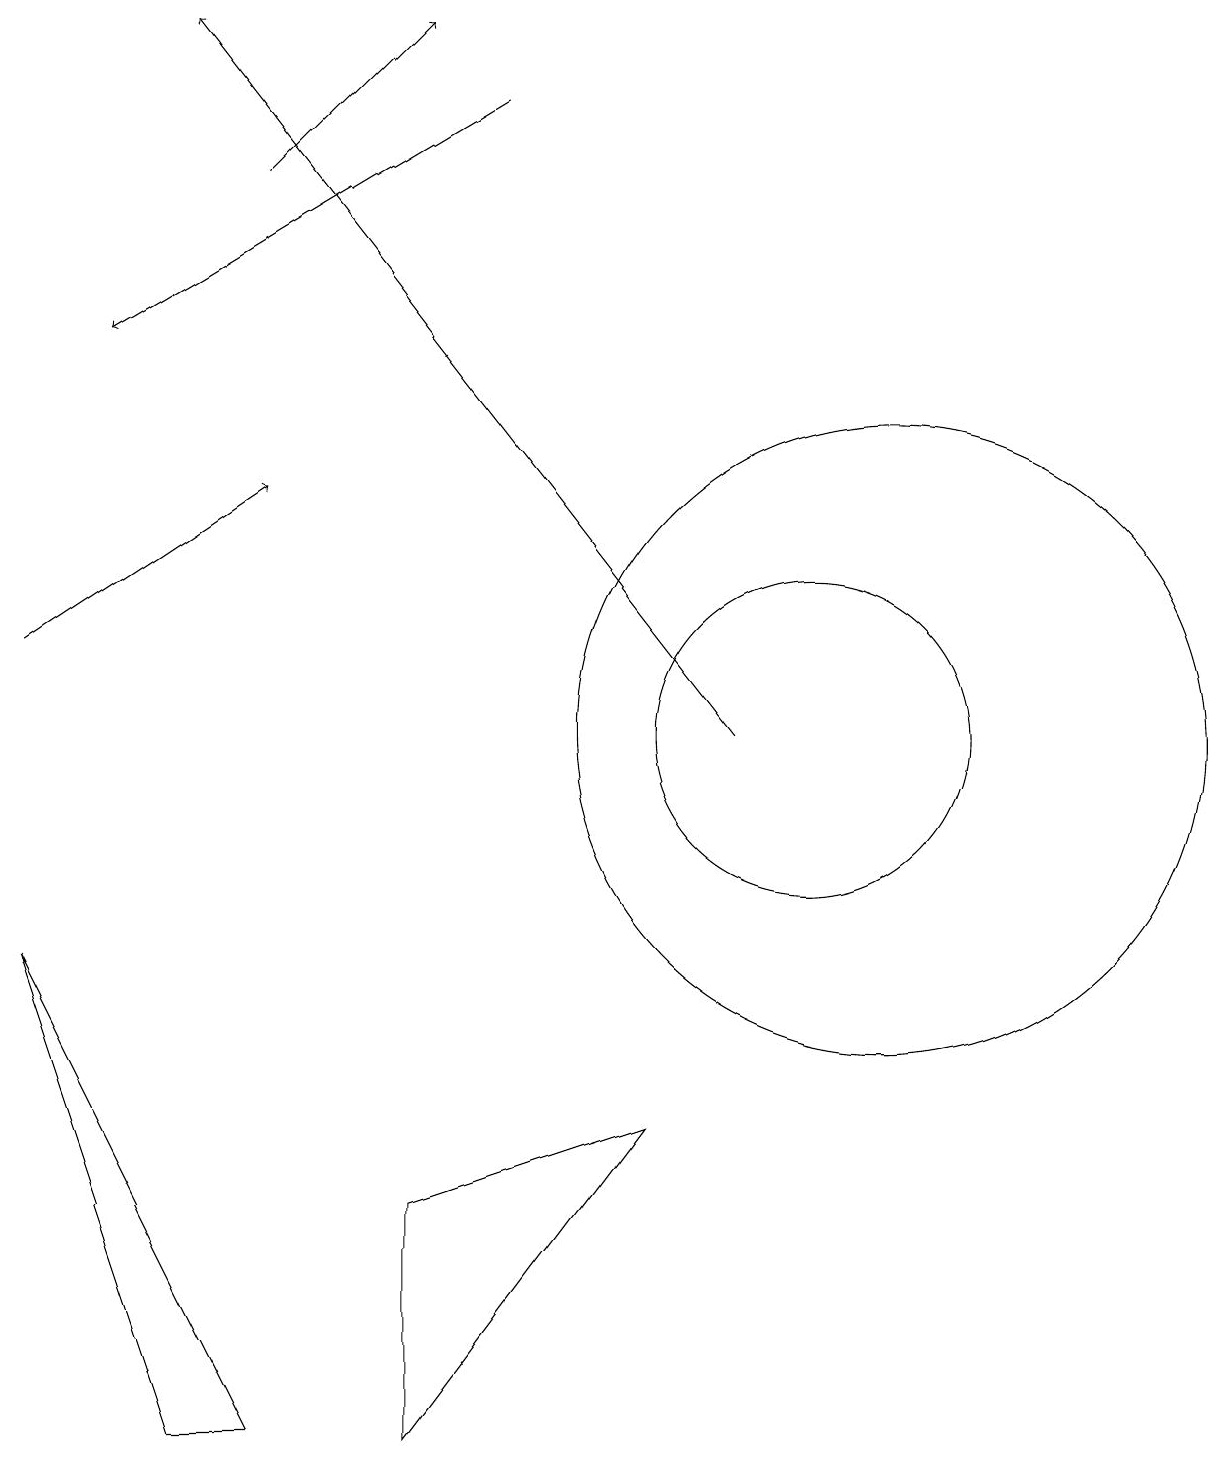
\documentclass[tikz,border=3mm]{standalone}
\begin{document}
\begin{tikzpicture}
\draw (10,10) circle (2);
\draw[->] (6,18) -- (1,15);
\draw (11,10) circle (4);
\draw (2,1) -- (3,1) -- (0,7) -- cycle;
\draw[->] (9,10) -- (2,19);
\draw[->] (0,11) -- (3,13);
\draw (5,4) -- (8,5) -- (5,1) -- cycle;
\draw[->] (3,17) -- (5,19);
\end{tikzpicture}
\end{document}